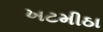
ખટમીઠા